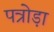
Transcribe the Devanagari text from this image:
पत्रोड़ा